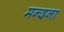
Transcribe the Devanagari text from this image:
मन्दना